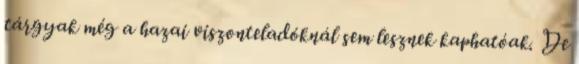
tárgyak még a hazai viszonteladóknál sem lesznek kaphatóak. De